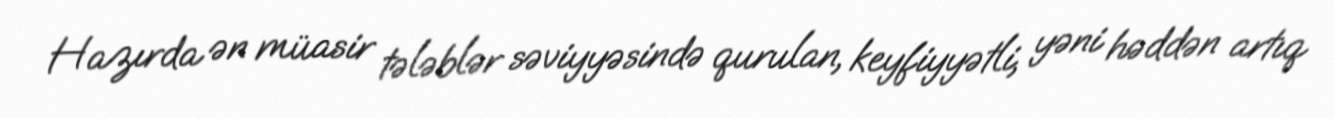
Hazırda ən müasir tələblər səviyyəsində qurulan, keyfiyyətli, yəni həddən artıq